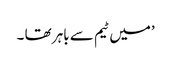
’میں ٹیم سے باہر تھا ۔